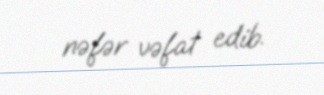
nəfər vəfat edib.